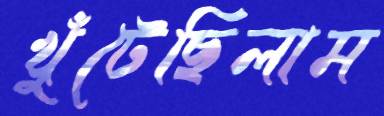
খুঁটেছিলাম